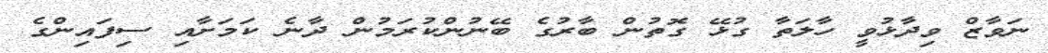
ނަވާޒް ވިދާޅުވީ ހާލަތާ ގުޅޭ ގޮތުން ބާރުގެ ބޭނުންކުރަމުން ދާނެ ކަމަށާއި ސިފައިންގެ